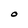
Character: O